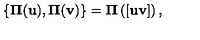
{ } \{ { \bf \Pi } ( { \bf u } ) , { \bf \Pi } ( { \bf v } ) \} = { \bf \Pi } \left( [ { \bf u } { \bf v } ] \right) ,